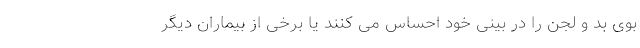
بوی بد و لجن را در بینی خود احساس می کنند یا برخی از بیماران دیگر